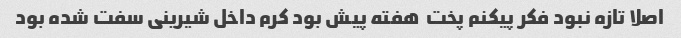
اصلا تازه نبود فکر پیکنم پخت  هفته پیش بود کرم داخل شیرینی سفت شده بود